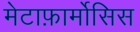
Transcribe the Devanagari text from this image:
मेटाफ़ार्मोसिस